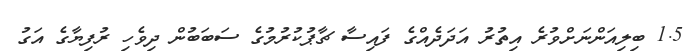
1.5 ބިލިއަންނަށްވުރެ އިތުރު އަދަދެއްގެ ފައިސާ ޗާޕުކުރުމުގެ ސަބަބުން ދިވެހި ރުފިޔާގެ އަގު